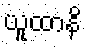
ယူထာနိ